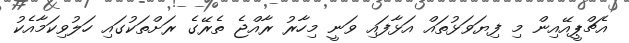
އެޗްޕީއޭއިން މި ފިޔަވަޅުތައް އަޅާފައި ވަނީ މިހާރު ރާއްޖެ ތެރޭގެ ރަށްތަކުގައި ހަލުވިކަމާއެކު